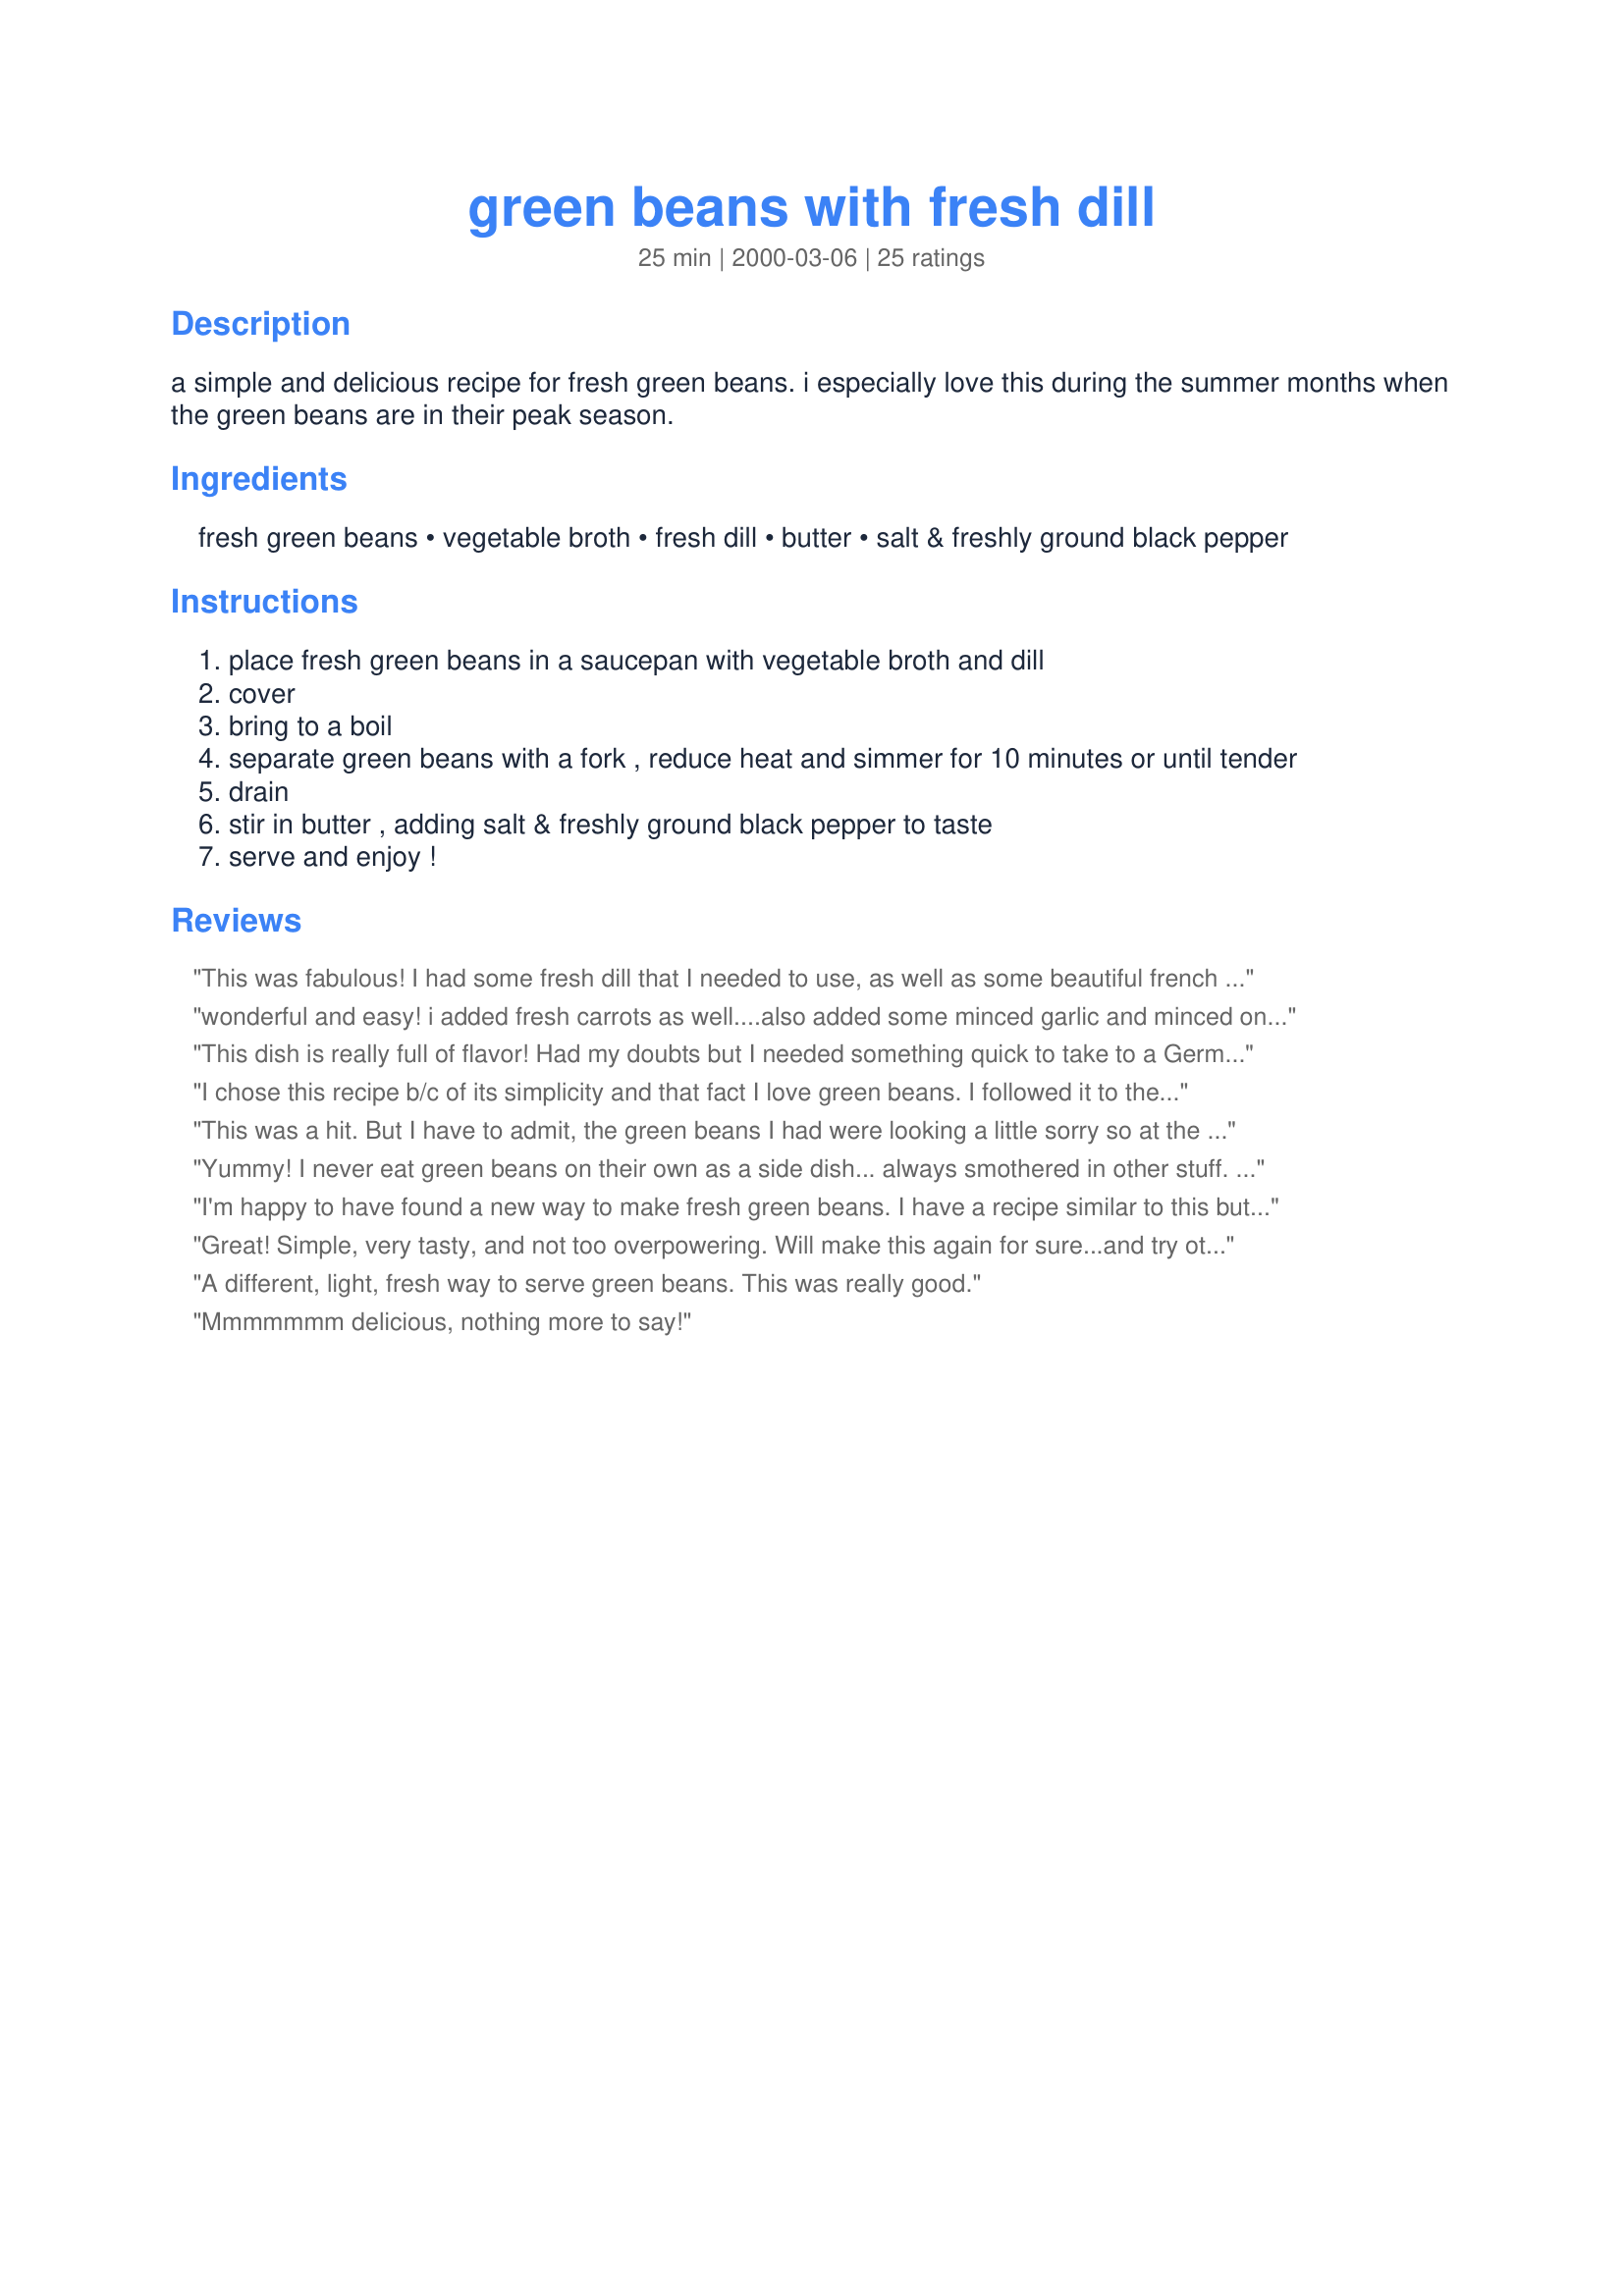
green beans with fresh dill
Preparation time: 25 minutes

a simple and delicious recipe for fresh green beans. i especially love this during the summer months when the green beans are in their peak season.

Ingredients:
fresh green beans, vegetable broth, fresh dill, butter, salt & freshly ground black pepper

Steps:
place fresh green beans in a saucepan with vegetable broth and dill
cover
bring to a boil
separate green beans with a fork , reduce heat and simmer for 10 minutes or until tender
drain
stir in butter , adding salt & freshly ground black pepper to taste
serve and enjoy !

Reviews:
This was fabulous! I had some fresh dill that I needed to use, as well as some beautiful french green beans, so that's why I chose it. In the future, I'll choose it again and again because everyone in my family loved it! I caught picky DS, 4yo, on a step stool picking more out of the pan... unheard of. :) I did use chicken stock and only 1 tbsp of butter, and it was plenty.
Thanks for a great recipe!
wonderful and easy! i added fresh carrots as well....also added some minced garlic and minced onion for extra flavor...YUMMY!!
This dish is really full of flavor! Had my doubts but I needed something quick to take to a German-themed potluck dinner. I added 1/2 chopped onion and a diced fresh tomato before cooking. Excellent!
I chose this recipe b/c of its simplicity and that fact I love green beans. I followed it to the letter and I have to say, I thought it was just marginal. From the reviews, I was expecting some incredibly flavorful dish -- it just wasn't there for me, that's all.
This was a hit. But I have to admit, the green beans I had were looking a little sorry so at the last minute I had to use frozen green peas instead. They were so good with this sauce! Thanks so much, this simple and fresh tasting sauce can be applied to everyday veggies to be sure.
Yummy! I never eat green beans on their own as a side dish... always smothered in other stuff. I loved the simple, fresh flavor of this dish. Thank you.

I'm happy to have found a new way to make fresh green beans. I have a recipe similar to this but enjoyed the twist with the fresh dill. It's cold and wintery here right now but can see how this would be really good in the summer next to a grilled meal.
Great! Simple, very tasty, and not too overpowering. Will make this again for sure...and try other veggies with it as well. Thanks!
A different, light, fresh way to serve green beans. This was really good.
Mmmmmmm delicious, nothing more to say!
My family loves this recipe. I have made this recipe once a week for over a month now. So easy and so delicious.
Wonderful side dish! I used chicken broth, as that was what I had on hand. I did have to drain the broth at the end, so felt I was loosing all that wonderful dill. I only used 1 T butter and that was plenty for us, lots of freshly ground pepper and salt. Next time, I will add the dill at the end and see if that made a difference. Excellent recipe...kudos on the find!!
Delicious - will put this into regular rotation!
These were great and really easy! I had to use dry dill because we didn't have any fresh on hand. It still came out fantastic!
tasty! thanks for sharing!
Good, but I didn't taste much dill. Will double it next time. Thanks Carla!
Wow...this is a GRRRREATTTT recipe. We used our first batch of green beans from the garden along with our fresh dill. Simple and just super tasty. Even my picky 8 year old snarfed em down!
Wonderful stuff! 

However to make a better meal of it:

(Got recipe from a Greek friend's mother)

Add 1 can of chopped tomatoes
Add tomato puree to taste
Salt & plenty pepper
Add as many frozen peas as you want

Add some more water, boil for AGES...
...and Voila!

Optional: Add chicken breasts or legs to the mixture - note this does increase cooking time but its worth it!
I had an opened can of veggie broth and some fresh geen beans to use up. So I made these even though I only had dried dill on hand. They still turned out good! Can't wait to try them with fresh dill. Thanks for a quick and simple side.
My mother learned from her mother the Danish way of cooking. She made wonderful creamed vegetables. One of her favorite dishes was "dilled beans," as she called it. I have often just opened a can, added a little butter and the dill. Beans with dill or carrots with parsley are two of my favorite vegetables. This memorial day will see the creamed beans and dill. (Oh yes, she always added a pinch of chicken bullion to her cream sauces.
I had to use canned green beans (my fresh ones spoiled much sooner than anticipated!), and this recipe actually did a good job of flavoring up those bland canned beans. I'll be trying this one again with fresh beans. :)
These were a big hit. I did the overal preparation differently because it was for our seder and we hate over cooked beans. I put the entire lot, including a 1/4 cup of finely minced onion in a 9x13 pan covered with foil. I also used coconut oil then stuck it in a warm oven for two hours, could have easily been a crock pot too. Perfection they were one of the first things to go!
Lovely side for our Easter dinner!
love green beans with the dill. I had to use dried dill, wrong time of the year for fresh dill around here. Never the less they were excellant and I will look forward to using fresh dill next time. Thanks for posting I will be making them again.
My family loved these beans. I made with some leftover beef broth that I had from my other dishes at tonight's dinner.
These were wonderful. Loved the dill flavor.
